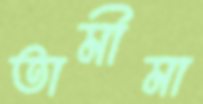
তামীমা